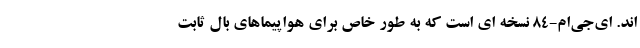
اند. ای‌جی‌ام-84 نسخه ای است که به طور خاص برای هواپیماهای بال ثابت